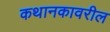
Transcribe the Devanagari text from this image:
कथानकावरील